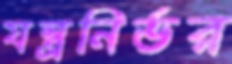
যন্ত্রনির্ভর